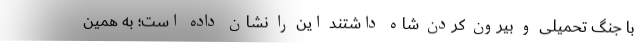
با جنگ تحمیلی و بیرون کردن شاه داشتند این را نشان داده است؛ به همین